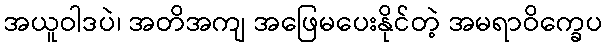
အယူဝါဒပဲ၊ အတိအကျ အဖြေမပေးနိုင်တဲ့ အမရာဝိက္ခေပ